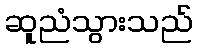
ဆူညံသွားသည်